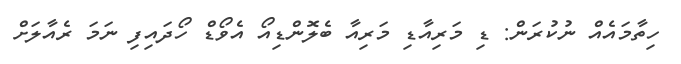
ހިތާމައެއް ނުކުރަން: ޑި މަރިއާޑި މަރިއާ ބެލޮންޑިއޯ އެވޯޑް ހޯދައިފި ނަމަ ރެއާލަށް